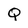
Character: Q